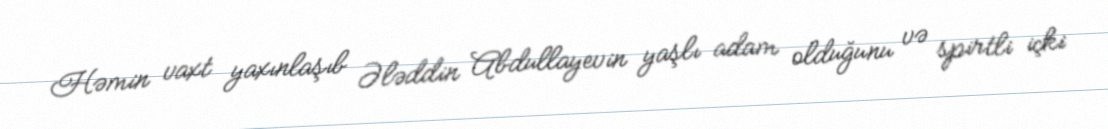
Həmin vaxt yaxınlaşıb Ələddin Abdullayevin yaşlı adam olduğunu və spirtli içki